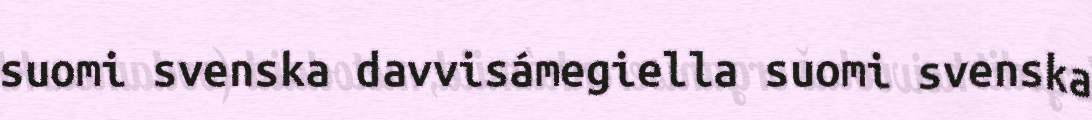
suomi svenska davvisámegiella suomi svenska